Annual report of the Imperial Bacteriologist
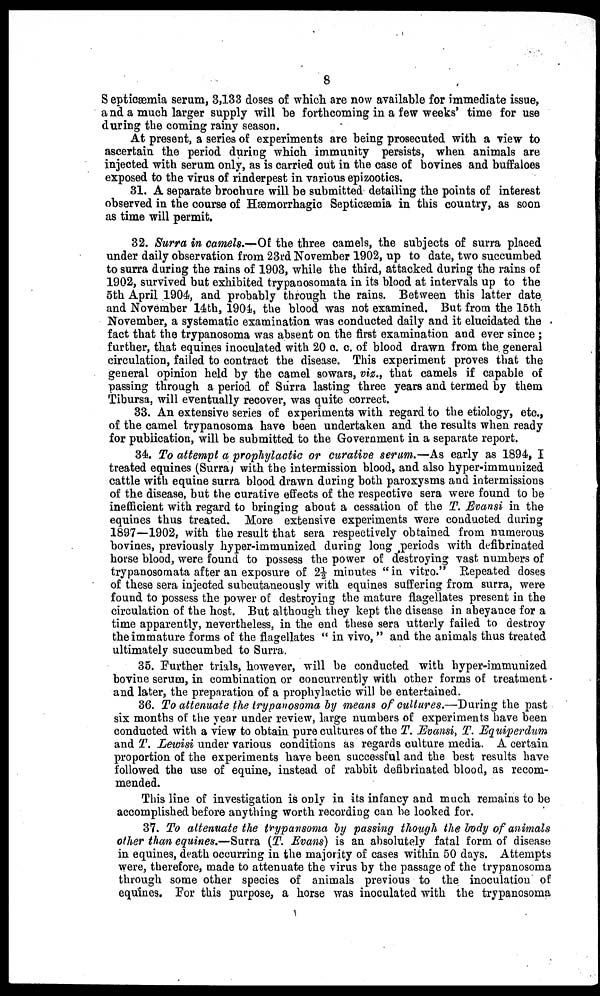
8
Septicæmia serum, 3,133 doses of which are now available for immediate issue,
and a much larger supply will be forthcoming in a few weeks' time for use
during the coming rainy season.
At present, a series of experiments are being prosecuted with a view to
ascertain the period during which immunity persists, when animals are
injected with serum only, as is carried out in the case of bovines and buffaloes
exposed to the virus of rinderpest in various epizootics.
31. A separate brochure will be submitted detailing the points of interest
observed in the course of Hæmorrhagic Septicæmia in this country, as soon
as time will permit.
32. Surra in camels.-Of the three camels, the subjects of surra placed
under daily observation from 23rd November 1902, up to date, two succumbed
to surra during the rains of 1903, while the third, attacked during the rains of
1902, survived but exhibited trypanosomata in its blood at intervals up to the
5th April 1904, and probably through the rains. Between this latter date
and November 14th, 1904, the blood was not examined. But from the 15th
November, a systematic examination was conducted daily and it elucidated the
fact that the trypanosoma was absent on the first examination and ever since ;
further, that equines inoculated with 20 c. c. of blood drawn from the. general
circulation, failed to contract the disease. This experiment proves that the
general opinion held by the camel sowars, viz., that camels if capable of
passing through a period of Surra lasting three years and termed by them
Tibursa, will eventually recover, was quite correct.
33. An extensive series of experiments with regard to the etiology, etc.,
of the camel trypanosoma have been undertaken and the results when ready
for publication, will be submitted to the Government in a separate report.
34. To attempt a prophylactic or curative serum.—As early as 1894, I
treated equines (Surra) with the intermission blood, and also hyper-immunized
cattle with equine surra blood drawn during both paroxysms and intermissions
of the disease, but the curative effects of the respective sera were found to be
inefficient with regard to bringing about a cessation of the T. Evansi in the
equines thus treated. More extensive experiments were conducted during
1897—1902, with the result that sera respectively obtained from numerous
bovines, previously hyper-immunized during long periods with defibrinated
horse blood, were found to possess the power of destroying vast numbers of
trypanosomata after an exposure of 2½ minutes "in vitro." Repeated doses
of these sera injected subcutaneously with equines suffering from surra, were
found to possess the power of destroying the mature flagellates present in the
circulation of the host. But although they kept the disease in abeyance for a
time apparently, nevertheless, in the end these sera utterly failed to destroy
the immature forms of the flagellates " in vivo, " and the animals thus treated
ultimately succumbed to Surra.
35. Further trials, however, will be conducted with hyper-immunized
bovine serum, in combination or concurrently with other forms of treatment .
and later, the preparation of a prophylactic will be entertained.
36. To attenuate the trypanosoma by means of cultures.—During the past
six months of the year under review, large numbers of experiments have been
conducted with a view to obtain pure cultures of the T. Evansi, T. Equiperdum
and T. Lewisi under various conditions as regards culture media. A certain
proportion of the experiments have been successful and the best results have
followed the use of equine, instead of rabbit defibrinated blood, as recom-
mended.
This line of investigation is only in its infancy and much remains to be
accomplished before anything worth recording can be looked for.
37. To attenuate the trypansoma by passing though the body of animals
other than equines.—Surra (T. Evans) is an absolutely fatal form of disease
in equines, death occurring in the majority of cases within 50 days. Attempts
were, therefore, made to attenuate the virus by the passage of the trypanosoma
through some other species of animals previous to the inoculation of
equines. For this purpose, a horse was inoculated with the trypanosoma